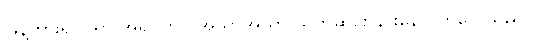
ဖြန့်ကား၍လိုရာ အရပ်တွင် အသာအယာ သက်ဆင်း နားနေလိုက်လေသည်။